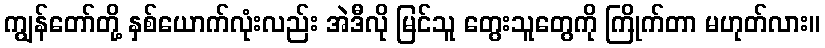
ကျွန်တော်တို့ နှစ်ယောက်လုံးလည်း အဲဒီလို မြင်သူ တွေးသူတွေကို ကြိုက်တာ မဟုတ်လား။